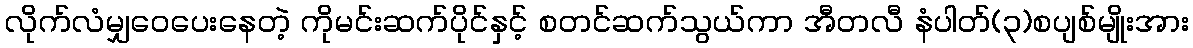
လိုက်လံမျှဝေပေးနေတဲ့ ကိုမင်းဆက်ပိုင်နှင့် စတင်ဆက်သွယ်ကာ အီတလီ နံပါတ်(၃)စပျစ်မျိုးအား